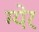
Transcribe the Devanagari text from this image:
ग्येर